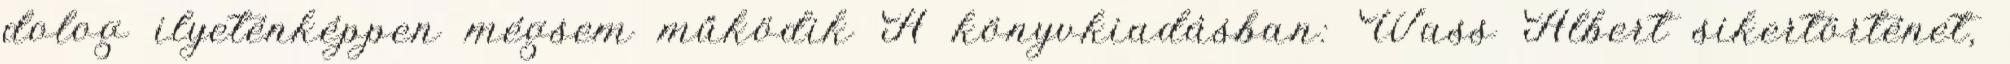
dolog ilyeténképpen mégsem működik A könyvkiadásban: Wass Albert sikertörténet,